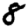
Digit: 8